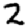
Digit: 2